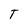
Character: T